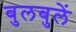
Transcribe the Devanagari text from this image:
बुलबुलें